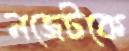
নজেটকে